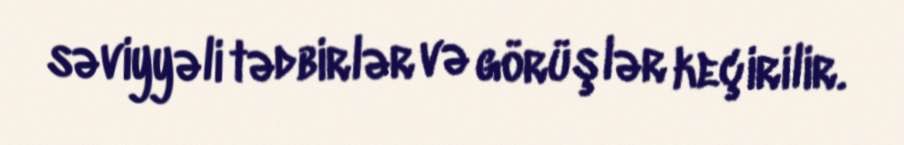
səviyyəli tədbirlər və görüşlər keçirilir.